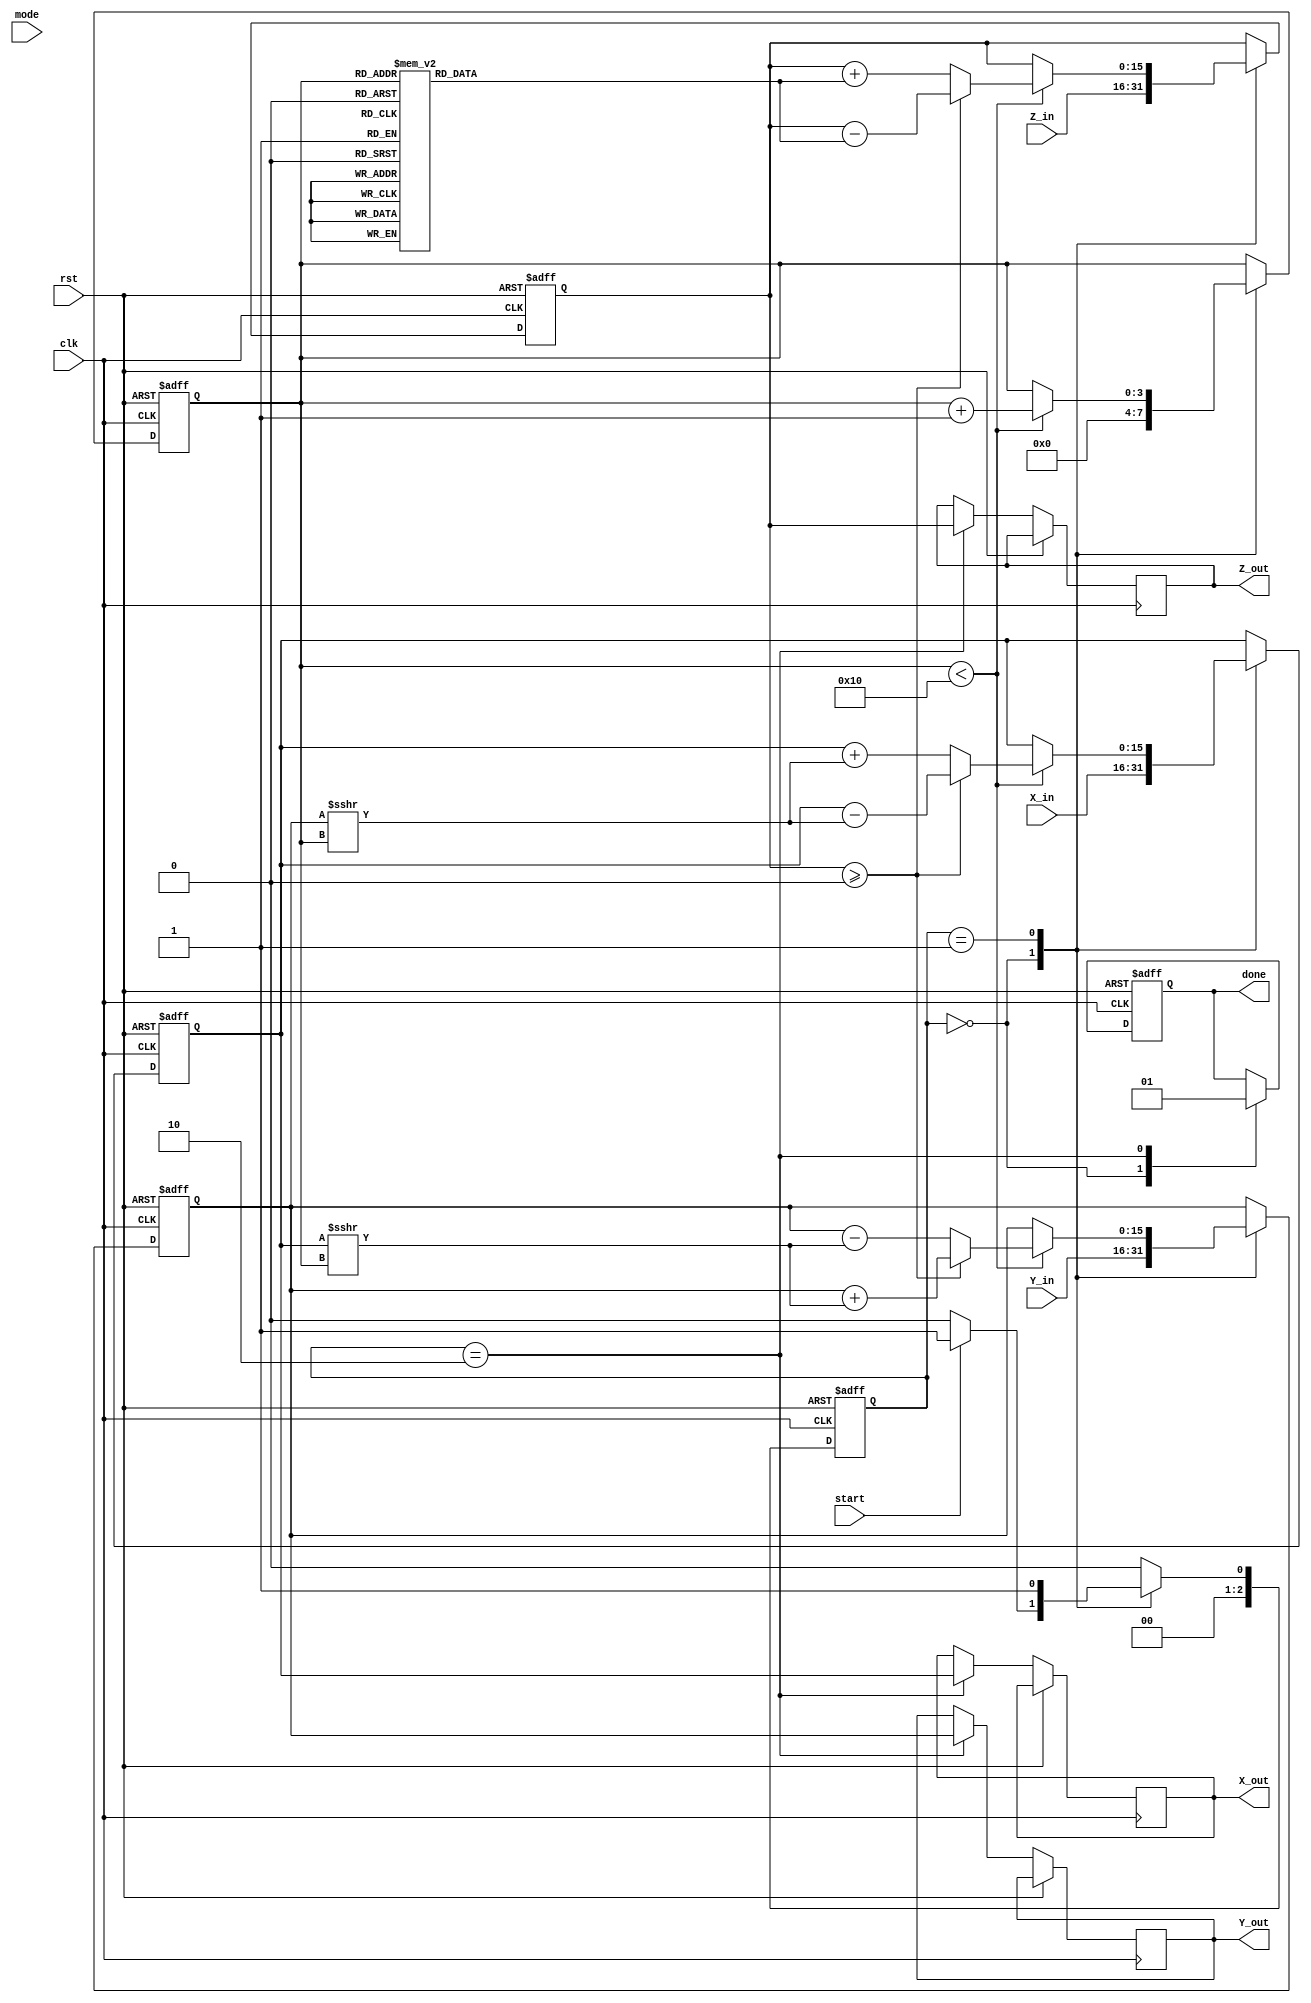
module cordic_fixed_point #(
    parameter DATA_WIDTH = 16,
    parameter NUM_ITER = 16
)(
    input wire clk,
    input wire rst,
    input wire start,
    input wire [DATA_WIDTH-1:0] X_in,
    input wire [DATA_WIDTH-1:0] Y_in,
    input wire [DATA_WIDTH-1:0] Z_in,
    input wire [1:0] mode, // 00 - Rotation, 01 - Vectoring, 10 - Hyperbolic
    output reg [DATA_WIDTH-1:0] X_out,
    output reg [DATA_WIDTH-1:0] Y_out,
    output reg [DATA_WIDTH-1:0] Z_out,
    output reg done
);

// Registers
reg [DATA_WIDTH-1:0] X_reg;
reg [DATA_WIDTH-1:0] Y_reg;
reg [DATA_WIDTH-1:0] Z_reg;
reg [3:0] iteration_count; // for tracking number of iterations
reg [11:0] angle_table [0:NUM_ITER-1]; // arctan values; adjust size/values for your fixed-point format
reg [2:0] state, next_state;

// Operation states enumeration
localparam IDLE = 3'd0,
           PROCESS = 3'd1,
           DONE = 3'd2;

initial begin
    // Initialize angle table (arctangent values)
    angle_table[0] = 12'h200; // atan(2^-0)
    angle_table[1] = 12'h100; // atan(2^-1)
    angle_table[2] = 12'h080; // atan(2^-2)
    // Fill in the rest of angle_table with appropriate values...
end

// State Machine for operation control
always @(posedge clk or posedge rst) begin
    if (rst) begin
        state <= IDLE;
    end else begin
        state <= next_state;
    end
end

always @(*) begin
    case (state)
        IDLE: begin
            if (start) begin
                next_state = PROCESS;
            end else begin
                next_state = IDLE;
            end
        end
        PROCESS: begin
            if (iteration_count == NUM_ITER) begin
                next_state = DONE;
            end else begin
                next_state = PROCESS;
            end
        end
        DONE: begin
            next_state = IDLE;
        end
        default: next_state = IDLE;
    endcase
end

// CORDIC iteration logic
always @(posedge clk or posedge rst) begin
    if (rst) begin
        X_reg <= 0;
        Y_reg <= 0;
        Z_reg <= 0;
        iteration_count <= 0;
        done <= 0;
    end else begin
        case (state)
            IDLE: begin
                // Reset outputs and ready for new operation
                done <= 0;
                X_reg <= X_in;
                Y_reg <= Y_in;
                Z_reg <= Z_in;
                iteration_count <= 0;
            end
            PROCESS: begin
                // Iterative calculation based on mode
                if (iteration_count < NUM_ITER) begin
                    // Calculate shift and add/subtract based on current angle
                    if (Z_reg >= 0) begin
                        X_reg <= X_reg - (Y_reg >>> iteration_count);
                        Y_reg <= Y_reg + (X_reg >>> iteration_count);
                        Z_reg <= Z_reg - angle_table[iteration_count];
                    end else begin
                        X_reg <= X_reg + (Y_reg >>> iteration_count);
                        Y_reg <= Y_reg - (X_reg >>> iteration_count);
                        Z_reg <= Z_reg + angle_table[iteration_count];
                    end
                    iteration_count <= iteration_count + 1;
                end
            end
            DONE: begin
                // Set outputs and indicate done
                X_out <= X_reg;
                Y_out <= Y_reg;
                Z_out <= Z_reg;
                done <= 1;
            end
        endcase
    end
end

endmodule